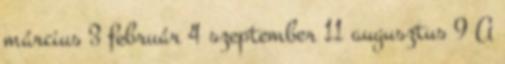
március 3 február 4 szeptember 11 augusztus 9 A